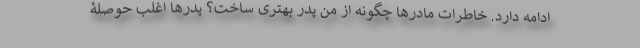
ادامه دارد. خاطرات مادرها چگونه از من پدر بهتری ساخت؟ پدرها اغلب حوصلۀ